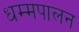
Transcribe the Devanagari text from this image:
धम्मपालन